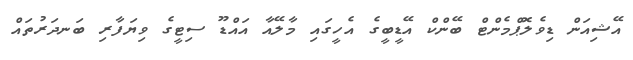
އޭޝިއަން ޑިވެލޮޕްމެންޓް ބޭންކް އޭޑީބީގެ އެހީގައި މާލޭއާ އައްޑޫ ސިޓީގެ ވިޔަފާރި ބަނދަރުތައް